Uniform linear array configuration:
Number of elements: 48
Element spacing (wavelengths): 0.75
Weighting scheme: hann
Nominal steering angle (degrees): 45
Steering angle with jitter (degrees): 44.926
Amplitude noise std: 0.05
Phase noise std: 0.05

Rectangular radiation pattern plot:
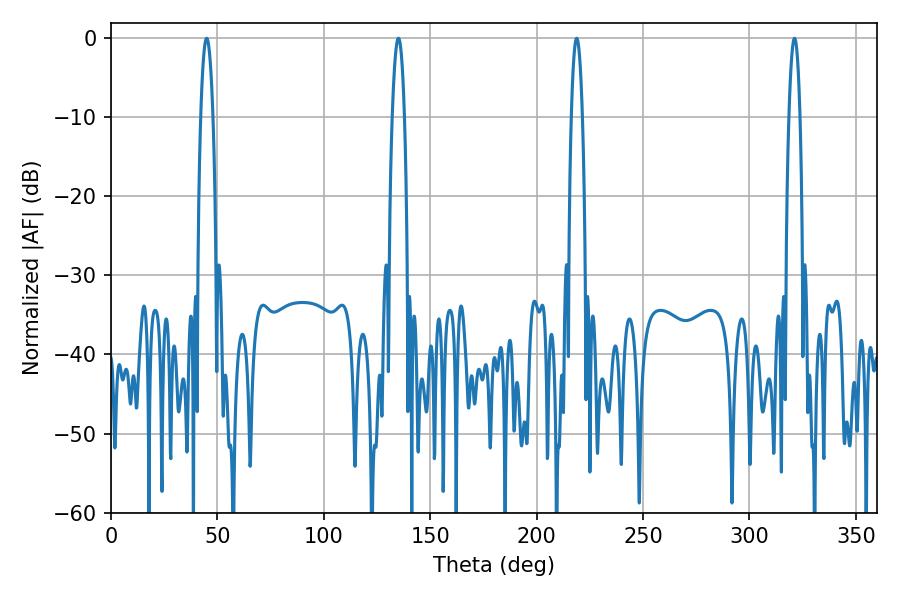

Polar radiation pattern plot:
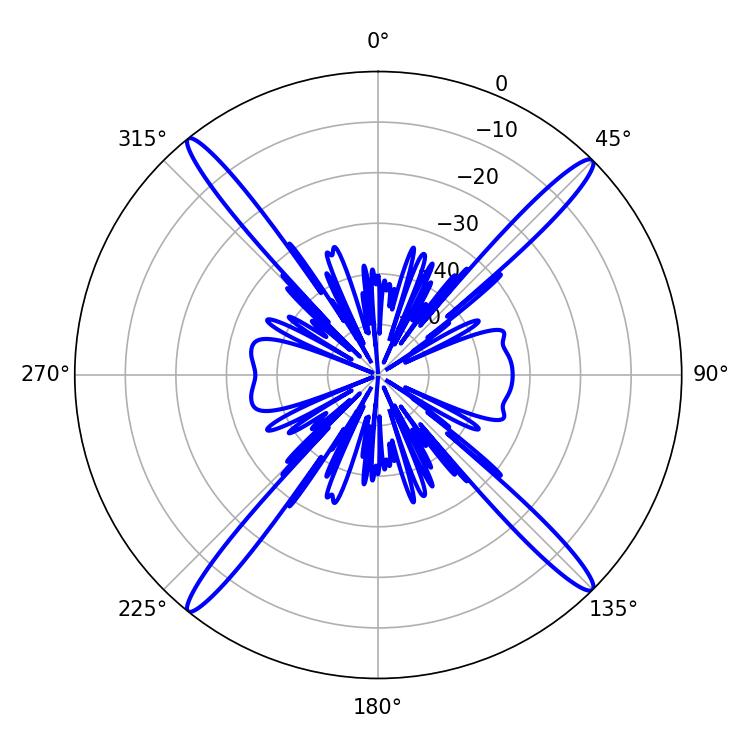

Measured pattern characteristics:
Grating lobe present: TRUE
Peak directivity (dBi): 20.816
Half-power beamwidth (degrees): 3.24
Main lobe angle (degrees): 45